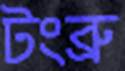
টংব্রু